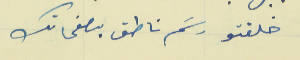
خلقتو رسَم ناطق بصفحاتك